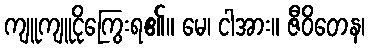
ကျူကျူငိုကြွေးရ၏။ မေ၊ ငါအား။ ဇီဝိတေန၊